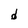
Character: d